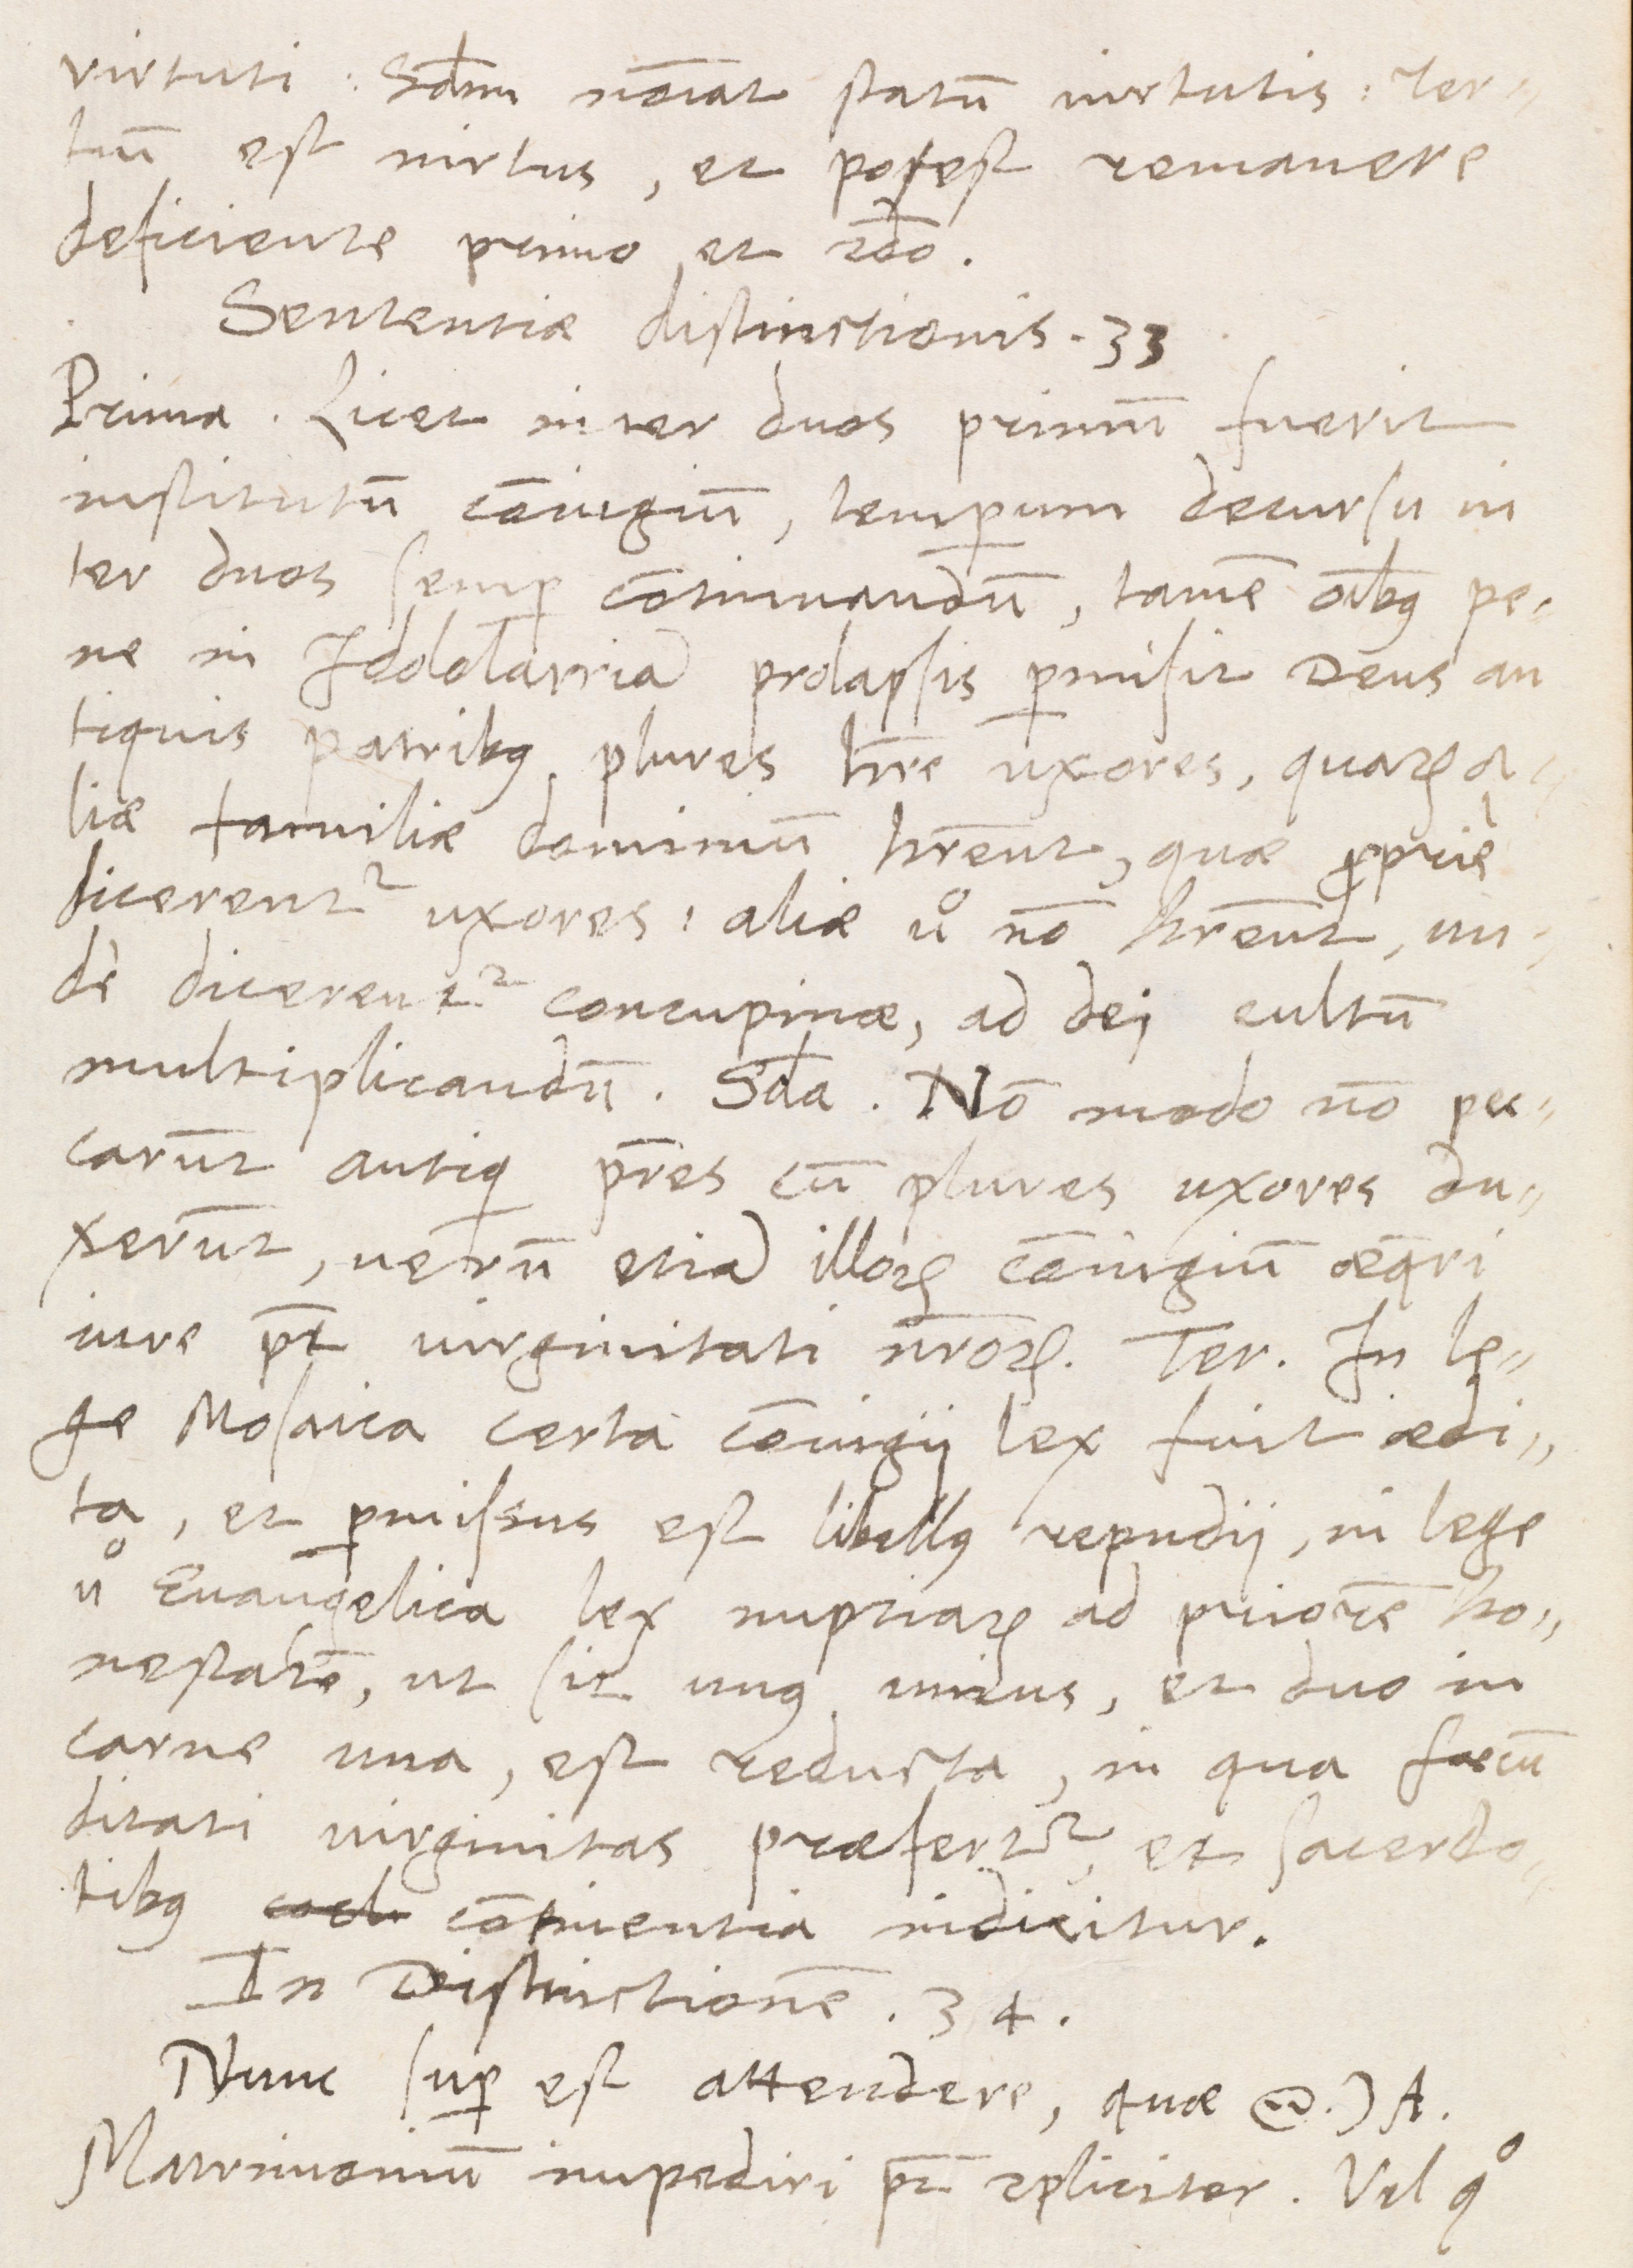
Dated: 1566–1566